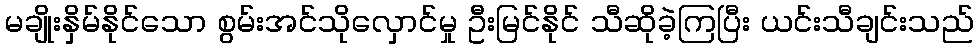
မချိုးနှိမ်နိုင်သော စွမ်းအင်သိုလှောင်မှု ဦးမြင်နိုင် သီဆိုခဲ့ကြပြီး ယင်းသီချင်းသည်